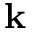
\mathbf { k }